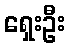
ရှေးဦး